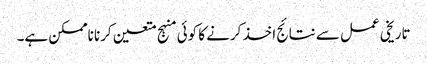
تاریخی عمل سے نتائج اخذ کرنے کا کوئی منہج متعین کرنا ناممکن ہے۔